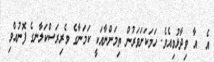
އެ  އާ ވިދާޅުވިއެވެ. ހަމަކަށަވަރުން ތިމަންނާއަކީ ކަމަނާގެ ވެރިރަސްކަލާނގެ ފޮނުއްވި